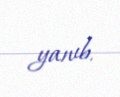
yanıb.